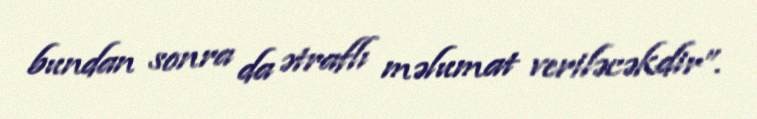
bundan sonra da ətraflı məlumat veriləcəkdir”.